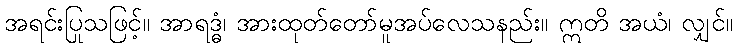
အရင်းပြုသဖြင့်။ အာရဒ္ဓံ၊ အားထုတ်တော်မူအပ်လေသနည်း။ ဣတိ အယံ၊ လျှင်။